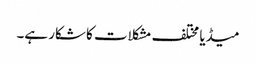
میڈیا مختلف مشکلات کا شکار ہے۔